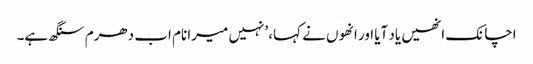
اچانک انھیں یاد آیا اور انھوں نے کہا، ’نہیں میرا نام اب دھرم سنگھ ہے۔